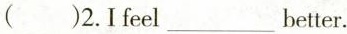
()2.I feel ___ better.